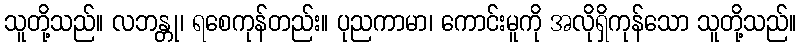
သူတို့သည်။ လဘန္တု၊ ရစေကုန်တည်း။ ပုညကာမာ၊ ကောင်းမူကို အလိုရှိကုန်သော သူတို့သည်။